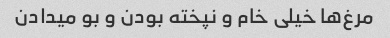
مرغ‌ها خیلی خام و نپخته بودن و بو میدادن